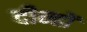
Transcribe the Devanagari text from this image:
दीन्हों